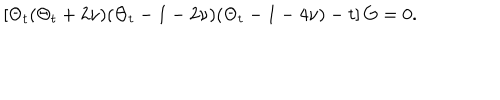
LaTeX: \left[ \Theta _ { t } ( \Theta _ { t } + 2 \nu ) ( \Theta _ { t } - 1 - 2 \nu ) ( \Theta _ { t } - 1 - 4 \nu ) - t \right] G = 0 .